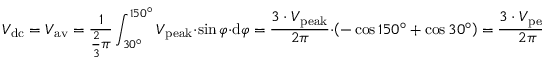
V _ { \mathrm { d c } } = V _ { \mathrm { a v } } = { \frac { 1 } { { \frac { 2 } { 3 } } \pi } } \int _ { 3 0 ^ { \circ } } ^ { 1 5 0 ^ { \circ } } V _ { \mathrm { p e a k } } \cdot \sin \varphi \cdot \mathrm { d } \varphi = { \frac { 3 \cdot V _ { \mathrm { p e a k } } } { 2 \pi } } \cdot \left( - \cos 1 5 0 ^ { \circ } + \cos 3 0 ^ { \circ } \right) = { \frac { 3 \cdot V _ { \mathrm { p e a k } } } { 2 \pi } } \cdot { \Biggl [ } - \left( - { \frac { \sqrt { 3 } } { 2 } } \right) + { \frac { \sqrt { 3 } } { 2 } } { \Biggl ] } = { \frac { 3 \cdot { \sqrt { 3 } } \cdot V _ { \mathrm { p e a k } } } { 2 \pi } }